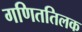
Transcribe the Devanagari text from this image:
गणिततिलक